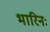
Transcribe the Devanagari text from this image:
भारिनः